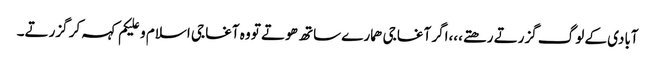
آبادی کے لوگ گزرتے رھتے،،،اگر آغا جی ھمارے ساتھ ھوتے تو وہ آغا جی اسلام و علیکم کہہ کر گزرتے۔